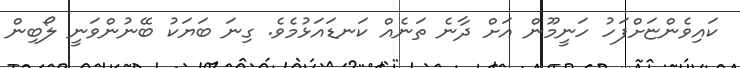
ކައިވެންޏަށްފަހު ހަނީމޫން އަށް ދާނެ ތަނެއް ކަނޑައަޅުމެވެ. ގިނަ ބަޔަކު ބޭނުންވަނީ ލޯބިން